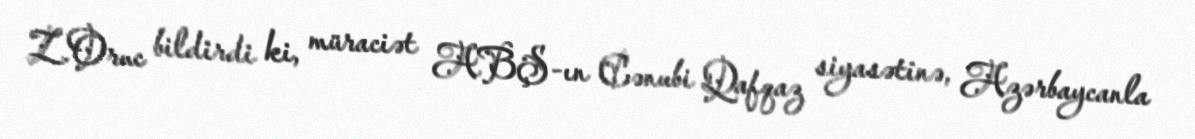
Z.Oruc bildirdi ki, müraciət ABŞ-ın Cənubi Qafqaz siyasətinə, Azərbaycanla